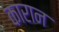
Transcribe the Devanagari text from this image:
कारान